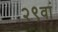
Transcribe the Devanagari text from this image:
२९वां